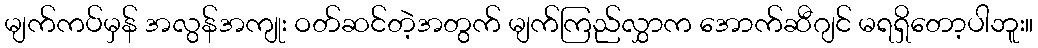
မျက်ကပ်မှန် အလွန်အကျုး ဝတ်ဆင်တဲ့အတွက် မျက်ကြည်လွှာက အောက်ဆီဂျင် မရရှိတော့ပါဘူး။